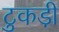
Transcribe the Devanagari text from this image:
टुकडी़